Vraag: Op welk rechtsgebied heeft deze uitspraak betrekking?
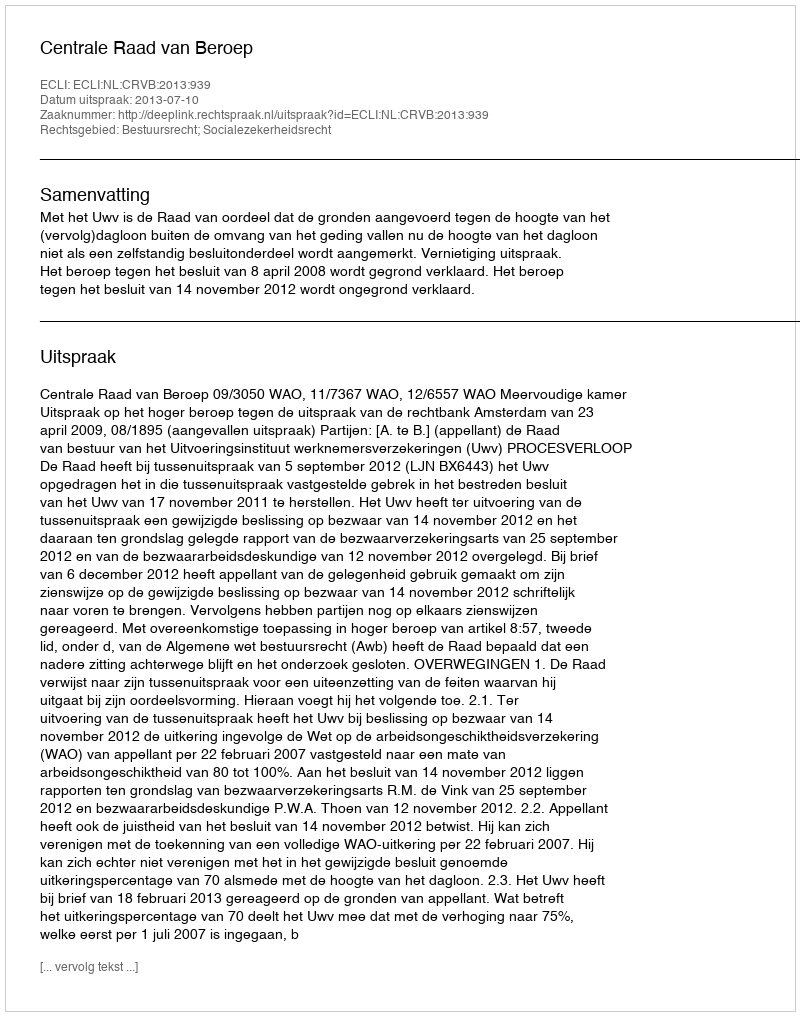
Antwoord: Bestuursrecht; Socialezekerheidsrecht